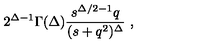
2 ^ { \Delta - 1 } \Gamma ( \Delta ) \frac { s ^ { \Delta / 2 - 1 } q } { ( s + q ^ { 2 } ) ^ { \Delta } } \ ,